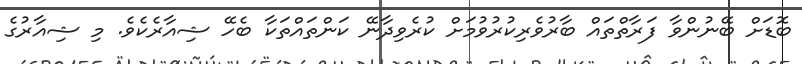
ބޮޑަށް ބޭނުންވާ ފަރާތްތައް ބާރުވެރިކުރުވުމަށް ކުރެވިދާނޭ ކަންތައްތަކާ ބެހޭ ޝިއާރެކެވެ. މި ޝިއާރުގެ